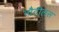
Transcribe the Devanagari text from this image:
नौटीलस